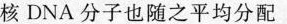
核DNA分子也随之平均分配